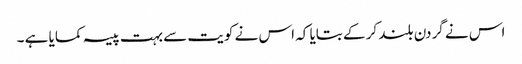
اس نے گردن بلند کر کے بتایا کہ اس نے کویت سے بہت پیسہ کمایا ہے ۔